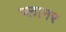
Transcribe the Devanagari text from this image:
प्‍लानर